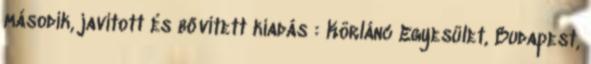
második, javított és bővített kiadás : Körlánc Egyesület, Budapest,